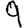
Digit: 9